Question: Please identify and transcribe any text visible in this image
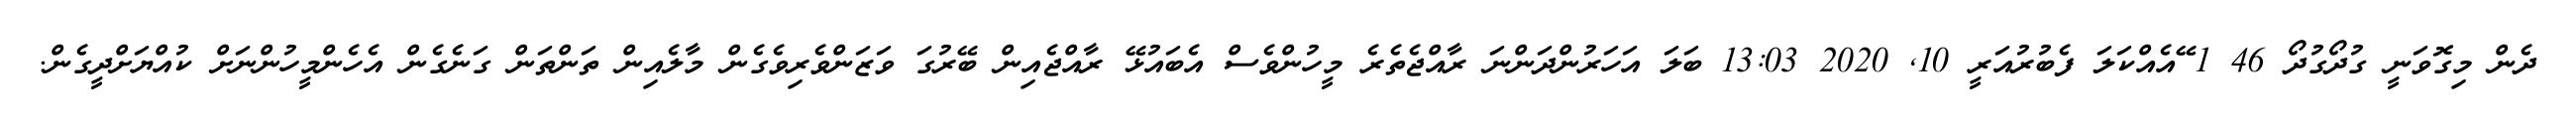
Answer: ދެން މިގޮވަނީ ގުދޯގުދޯ 46 1 ޭއެއްކަލަ ފެބުރުއަރީ 10, 2020 13:03 ބަލަ އަހަރުންދަންނަ ރާއްޖެތެރެ މީހުންވެސް އެބައުޅޭ ރާއްޖެއިން ބޭރުގަ ވަޒަންވެރިވެގެން މާލެއިން ތަންތަން ގަނެގެން އެހެންމީހުންނަށް ކުއްޔަށްދީގެން.